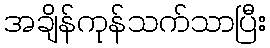
အချိန်ကုန်သက်သာပြီး